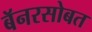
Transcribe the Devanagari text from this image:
बॅनरसोबत